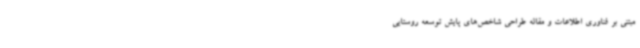
مبتنی بر فناوری اطلاعات و مقاله طراحی شاخص‌های پایش توسعه روستایی